Leaving Certificate Examination (including Day School Certificate (Higher) General paper), 1926
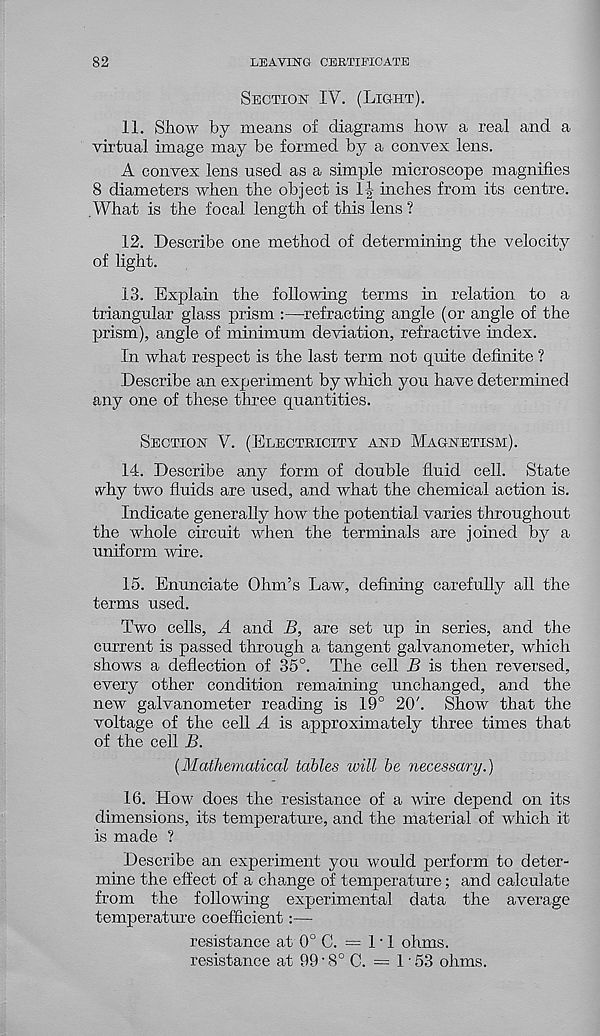
82
LEAVING CERTIFICATE
Section IV. (Light).
11. Show by means of diagrams how a real and a
virtual image may be formed by a convex lens.
A convex lens used as a simple microscope magnifies
8 diameters when the object is 1|- inches from its centre.
.What is the focal length of this lens ?
12. Describe one method of determining the velocity
of light.
13. Explain the following terms in relation to a
triangular glass prism :—refracting angle (or angle of the
prism), angle of minimum deviation, refractive index.
In what respect is the last term not quite definite ?
Describe an experiment by which you have determined
any one of these three quantities.
Section V. (Electkicity and Magnetism).
14. Describe any form of double fluid cell. State
why two fluids are used, and what the chemical action is.
Indicate generally how the potential varies throughout
the whole circuit when the terminals are joined by a
uniform wire.
15. Enunciate Ohm’s Law, defining carefully all the
terms used.
Two cells, A and _£>, are set up in series, and the
current is passed through a tangent galvanometer, which
shows a deflection of 35°. The cell B is then reversed,
every other condition remaining unchanged, and the
new galvanometer reading is 19° 20'. Show that the
voltage of the cell A is approximately three times that
of the cell B.
{Mathematical tables will be necessary.)
16. How does the resistance of a wire depend on its
dimensions, its temperature, and the material of which it
is made ?
Describe an experiment you would perform to deter-
mine the effect of a change of temperature; and calculate
from the following experimental data the average
temperature coefficient:—
resistance at 0° C. — LI ohms,
resistance at 99 ’ 8° C. = 1 • 53 ohms.